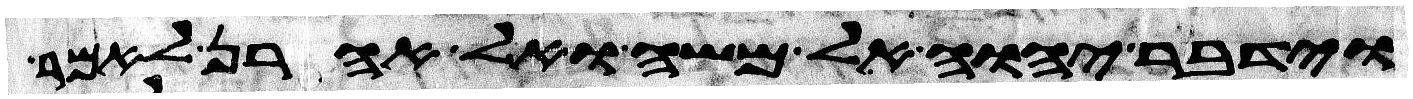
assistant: וידבר יהוה אל משה ואל אהרן לאמר